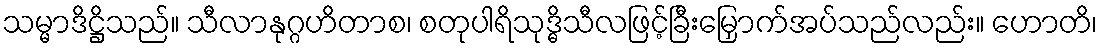
သမ္မာဒိဋ္ဌိသည်။ သီလာနုဂ္ဂဟိတာစ၊ စတုပါရိသုဒ္ဓိသီလဖြင့်ခြီးမြှောက်အပ်သည်လည်း။ ဟောတိ၊